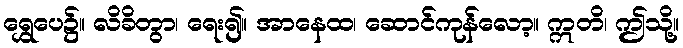
ရွှေပေ၌။ လိခိတွာ၊ ရေး၍။ အာနေထ၊ ဆောင်ကုန်လော့။ ဣတိ၊ ဤသို့။